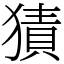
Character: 㺓